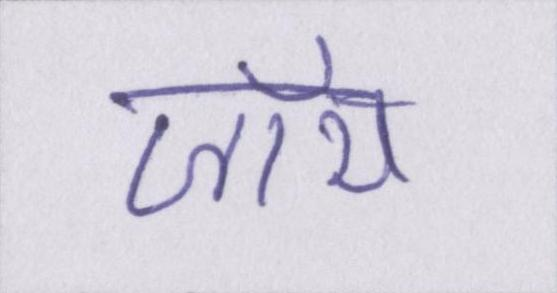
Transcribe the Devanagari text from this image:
जॉय